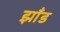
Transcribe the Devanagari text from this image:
झाँड